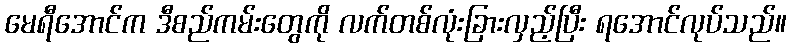
မေရီအောင်က ဒီစည်ကမ်းတွေကို လက်တစ်လုံးခြားလှည့်ပြီး ရအောင်လုပ်သည်။